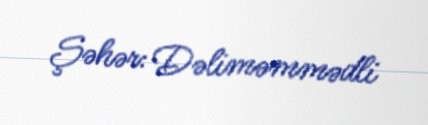
Şəhər: Dəliməmmədli